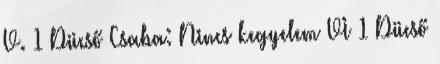
V. 1 Dücső Csaba: Nincs kegyelem VI 1 Dücső